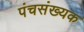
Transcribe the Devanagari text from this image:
पंचसंख्यक